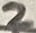
Text: 2